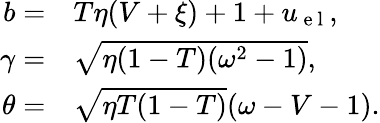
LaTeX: \begin{array}{rl}{b=}&{{}T\eta(V+\xi)+1+u_{\mathrm{~e~l~}},}\\ {\gamma=}&{{}\sqrt{\eta(1-T)(\omega^{2}-1)},}\\ {\theta=}&{{}\sqrt{\eta T(1-T)}(\omega-V-1).}\end{array}